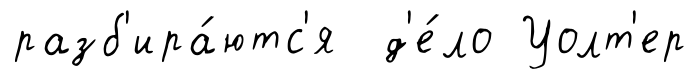
разб'ира́ютс'я д'е́ло Уолт'ер